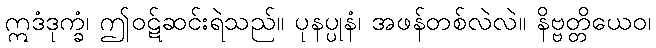
ဣဒံဒုက္ခံ၊ ဤဝဋ်ဆင်းရဲသည်။ ပုနပ္ပုနံ၊ အဖန်တစ်လဲလဲ။ နိဗ္ဗတ္တိယေဝ၊